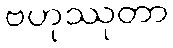
ဗဟုဿုတာ